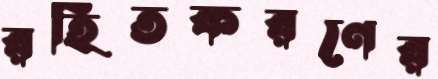
রহিতকরণের